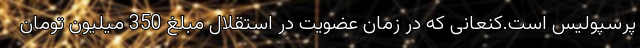
پرسپولیس است.کنعانی که در زمان عضویت در استقلال مبلغ 350 میلیون تومان